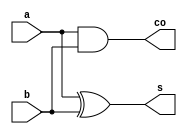
module half_adder(input a,b,output s,co);
assign s=a^b;
assign co=a&b;
endmodule